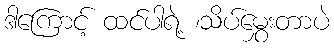
ဒါကြောင့် ထင်ပါရဲ့ ၊သိပ်မွှေးတာပဲ